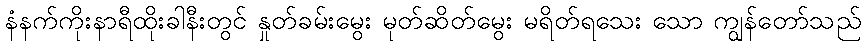
နံနက်ကိုးနာရီထိုးခါနီးတွင် နှုတ်ခမ်းမွေး မုတ်ဆိတ်မွေး မရိတ်ရသေး သော ကျွန်တော်သည်